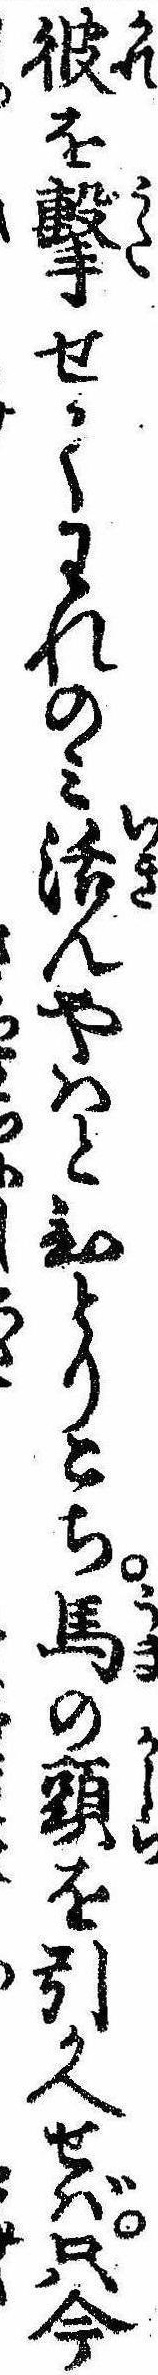
彼を撃せてわれのみ活んやはとひとりこち馬の頭を引かへせば只今